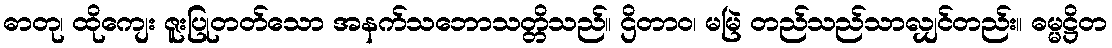
ဓာတု၊ ထိုကျေး ဇူးပြုတတ်သော အနက်သဘောသတ္တိသည်။ ဌိတာဝ၊ မမြဲ တည်သည်သာလျှင်တည်း။ ဓမ္မဋ္ဌိတ